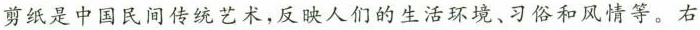
剪纸是中国民间传统艺术，反映人们的生活环境、习俗和风情等。右